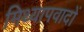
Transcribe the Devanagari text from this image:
मिथ्‍यापवादों